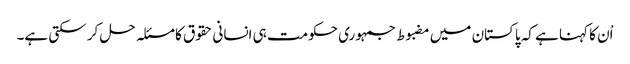
اْن کا کہنا ہے کہ پاکستان میں مضبوط جمہوری حکومت ہی انسانی حقوق کا مسئلہ حل کر سکتی ہے۔